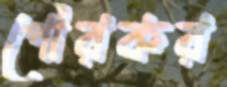
পৌরকর